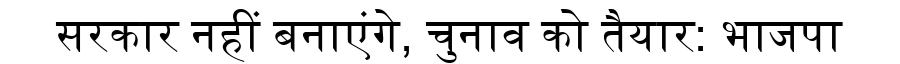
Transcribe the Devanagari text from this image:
सरकार नहीं बनाएंगे, चुनाव को तैयार: भाजपा